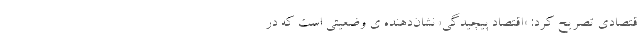
قتصادی تصریح کرد: «اقتصاد پیچیدگی» نشان‌دهنده­ ی وضعیتی است که در